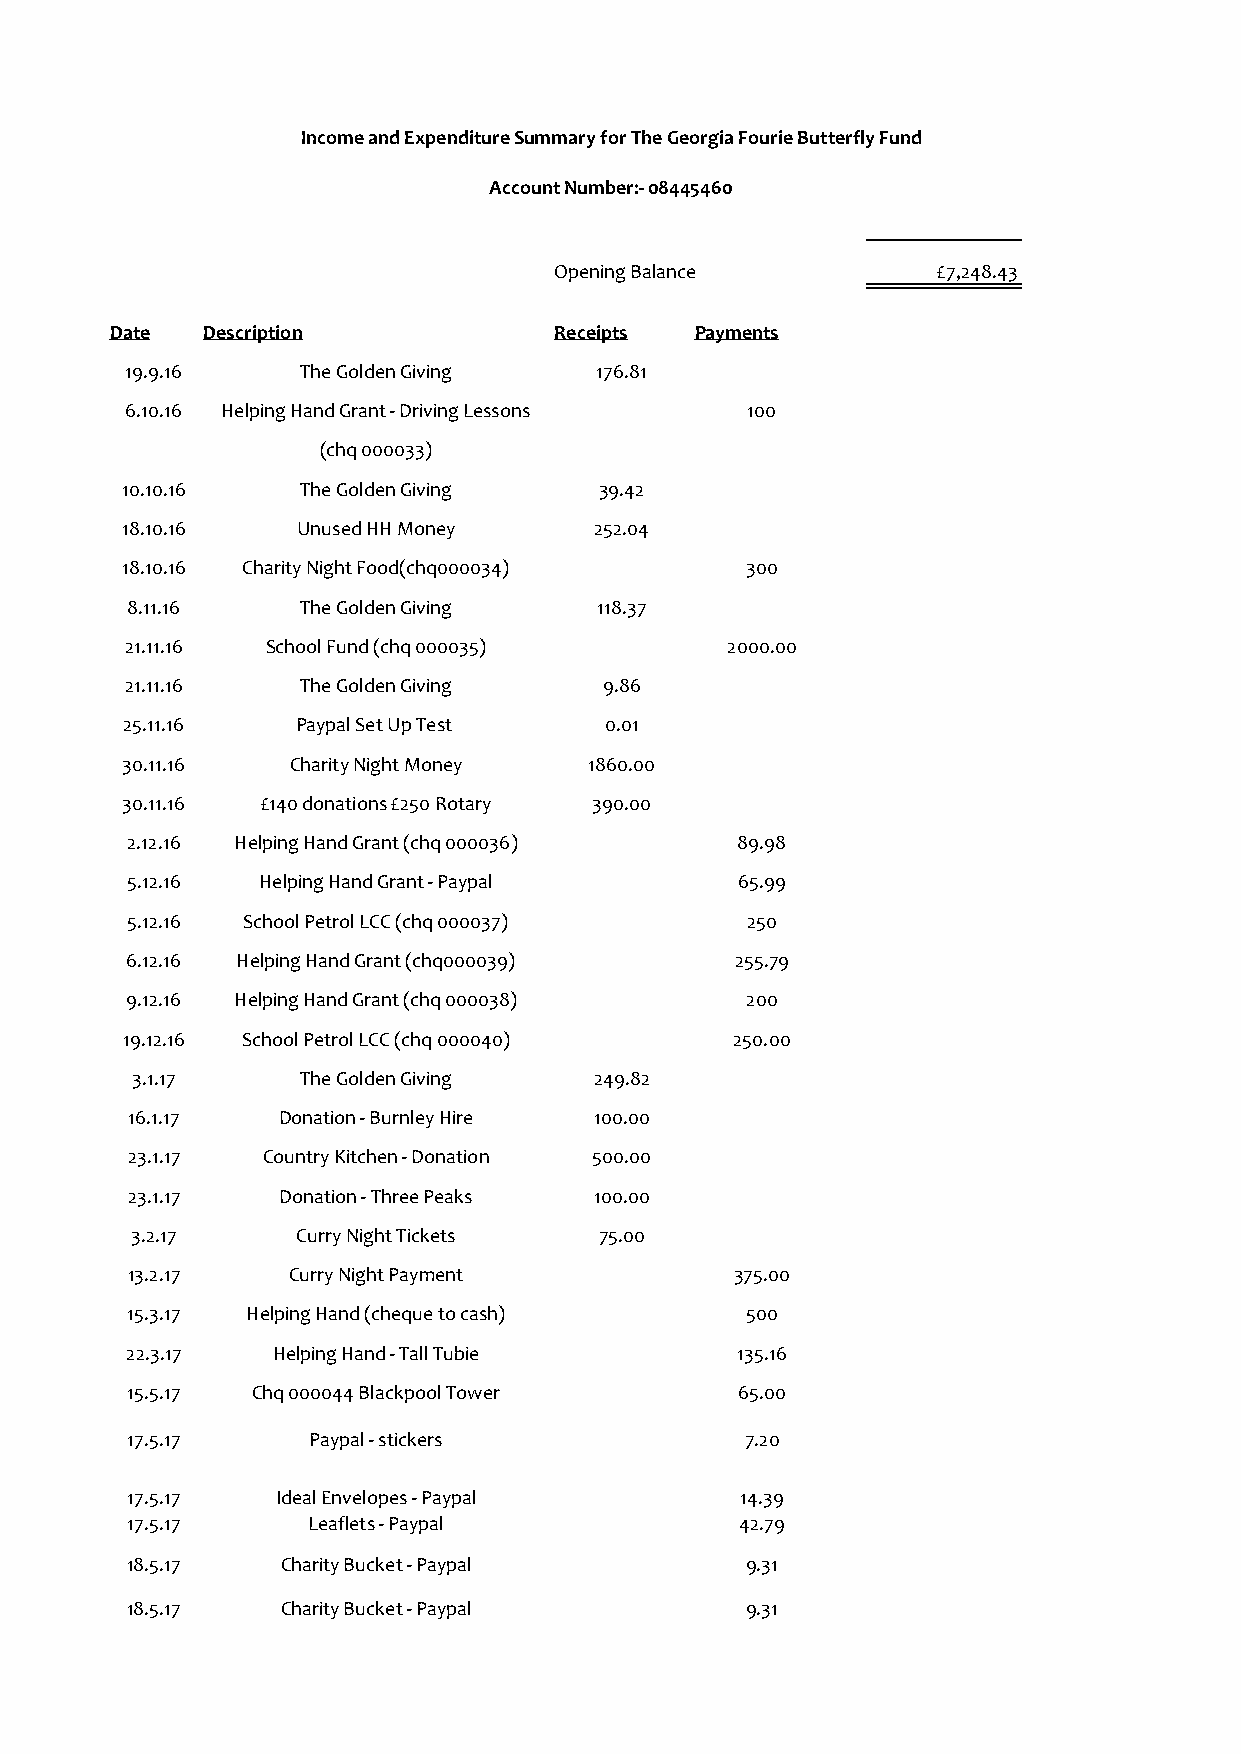
Income and Expenditure Summary for The Georgia Fourie Butterfly Fund
 Account Number:- 08445460
 Opening Balance          £7,248.43
 Date  Description             Receipts Payments
 19.9.16     The Golden Giving  176.81
 6.10.16 Helping Hand Grant - Driving Lessons 100
 (chq 000033)
 10.10.16    The Golden Giving   39.42
 18.10.16    Unused HH Money    252.04
 18.10.16 Charity Night Food(chq000034)   300
 8.11.16     The Golden Giving  118.37
 21.11.16  School Fund (chq 000035)      2000.00
 21.11.16    The Golden Giving   9.86
 25.11.16    Paypal Set Up Test  0.01
 30.11.16   Charity Night Money 1860.00
 30.11.16 £140 donations £250 Rotary 390.00
 2.12.16 Helping Hand Grant (chq 000036)  89.98
 5.12.16  Helping Hand Grant - Paypal     65.99
 5.12.16 School Petrol LCC (chq 000037)   250
 6.12.16 Helping Hand Grant (chq000039)   255.79
 9.12.16 Helping Hand Grant (chq 000038)  200
 19.12.16 School Petrol LCC (chq 000040)  250.00
 3.1.17     The Golden Giving  249.82
 16.1.17   Donation - Burnley Hire 100.00
 23.1.17  Country Kitchen - Donation 500.00
 23.1.17   Donation - Three Peaks 100.00
 3.2.17     Curry Night Tickets 75.00
 13.2.17    Curry Night Payment           375.00
 15.3.17 Helping Hand (cheque to cash)    500
 22.3.17   Helping Hand - Tall Tubie      135.16
 15.5.17  Chq 000044 Blackpool Tower      65.00
 17.5.17     Paypal - stickers            7.20
 17.5.17   Ideal Envelopes - Paypal       14.39
 17.5.17     Leaflets - Paypal            42.79
 18.5.17    Charity Bucket - Paypal       9.31
 18.5.17    Charity Bucket - Paypal       9.31